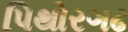
પિથોરગઢ